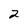
Character: 2